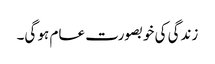
زندگی کی خوبصورت عام ہو گی۔